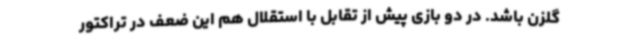
گلزن باشد. در دو بازی پیش از تقابل با استقلال هم این ضعف در تراکتور